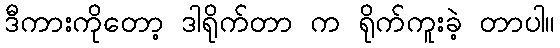
ဒီကားကိုတော့ ဒါရိုက်တာ က ရိုက်ကူးခဲ့ တာပါ။